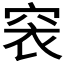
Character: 𥥴